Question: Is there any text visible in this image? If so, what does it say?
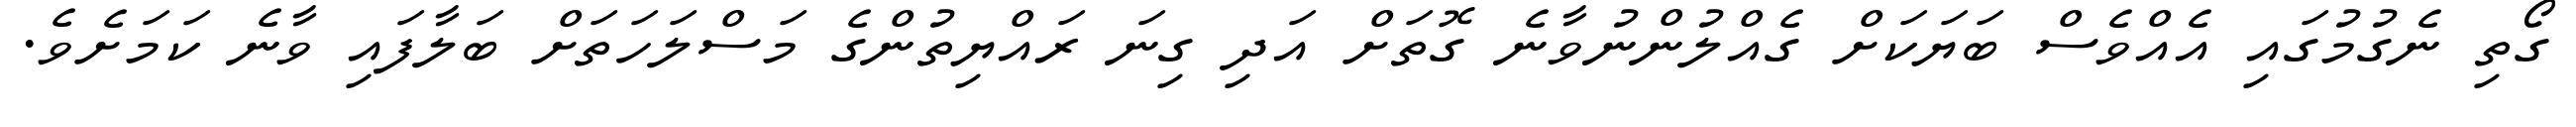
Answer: ގޯތި ނެގުމުގައި އެއްވެސް ބަޔަކަށް ގެއްލުންނުވާނެ ގޮތަށް އަދި ގިނަ ރައްޔިތުންގެ މަސްލަހަތަށް ބަލާފައި ވާނެ ކަމަށެވެ.